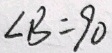
\angle B = 9 0